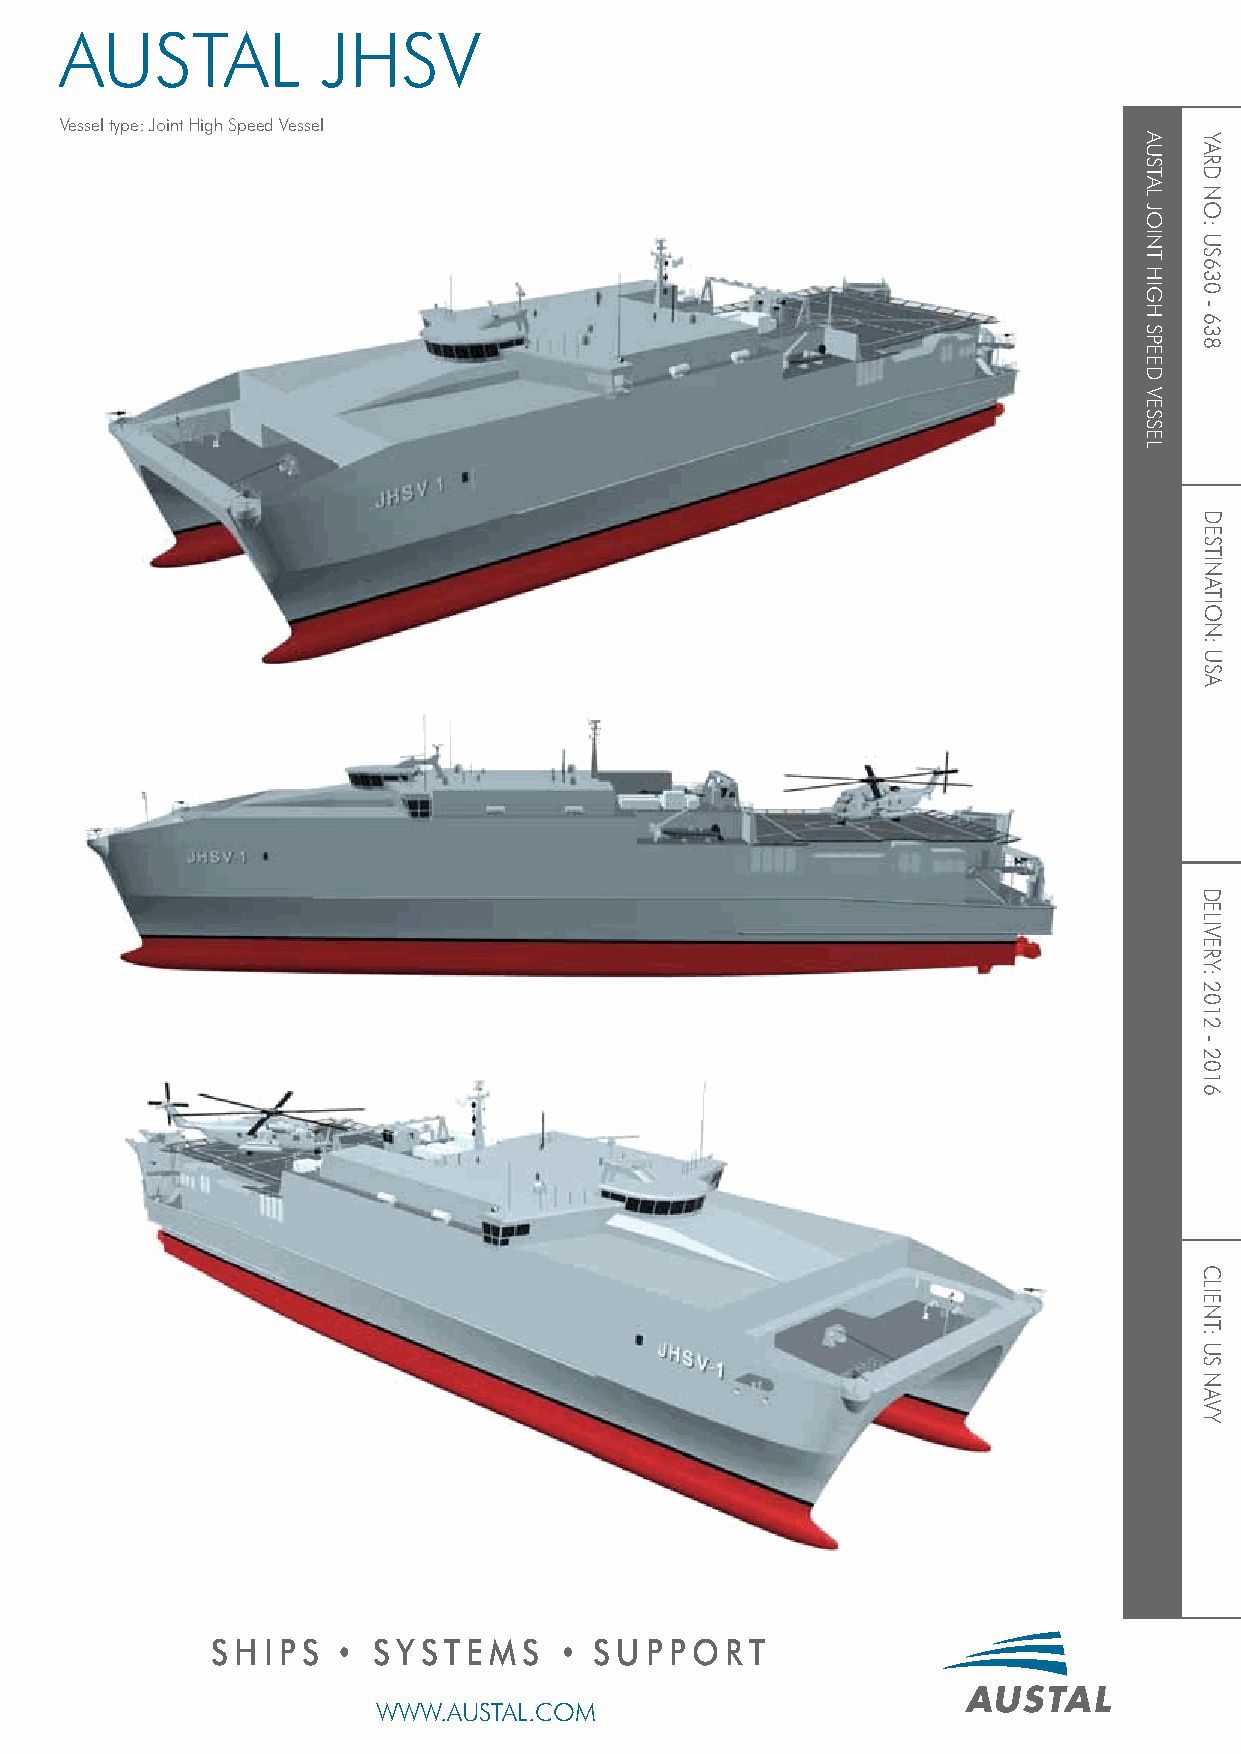
AUSTAL           JHSV
 Vessel type: Joint High Speed Vessel
 S H I P S  S Y S T E M S S U P P O RT
 WWW.AUSTAL.COM
 AUSTAL
 JOINT
 HIGH
 SPEED
 VESSEL
 YARD
 NO:
 US630
 -
 638
 DESTINATION:
 USA
 DELIVERY:
 2012
 -
 2016
 CLIENT:
 US
 NAVY